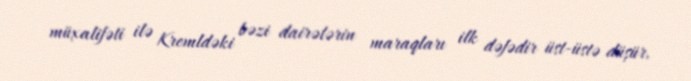
müxalifəti ilə Kremldəki bəzi dairələrin maraqları ilk dəfədir üst-üstə düşür.